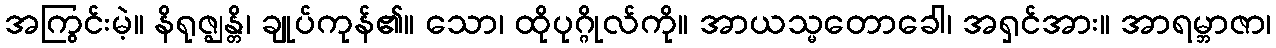
အကြွင်းမဲ့။ နိရုဇ္ဈန္တိ၊ ချုပ်ကုန်၏။ သော၊ ထိုပုဂ္ဂိုလ်ကို။ အာယသ္မတောခေါ၊ အရှင်အား။ အာရမ္ဘာဇာ၊